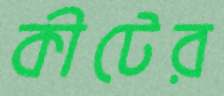
কীটের